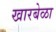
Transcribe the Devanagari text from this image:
खारबेळा